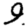
Digit: 9